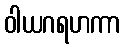
ဝါယဂရဟကာ